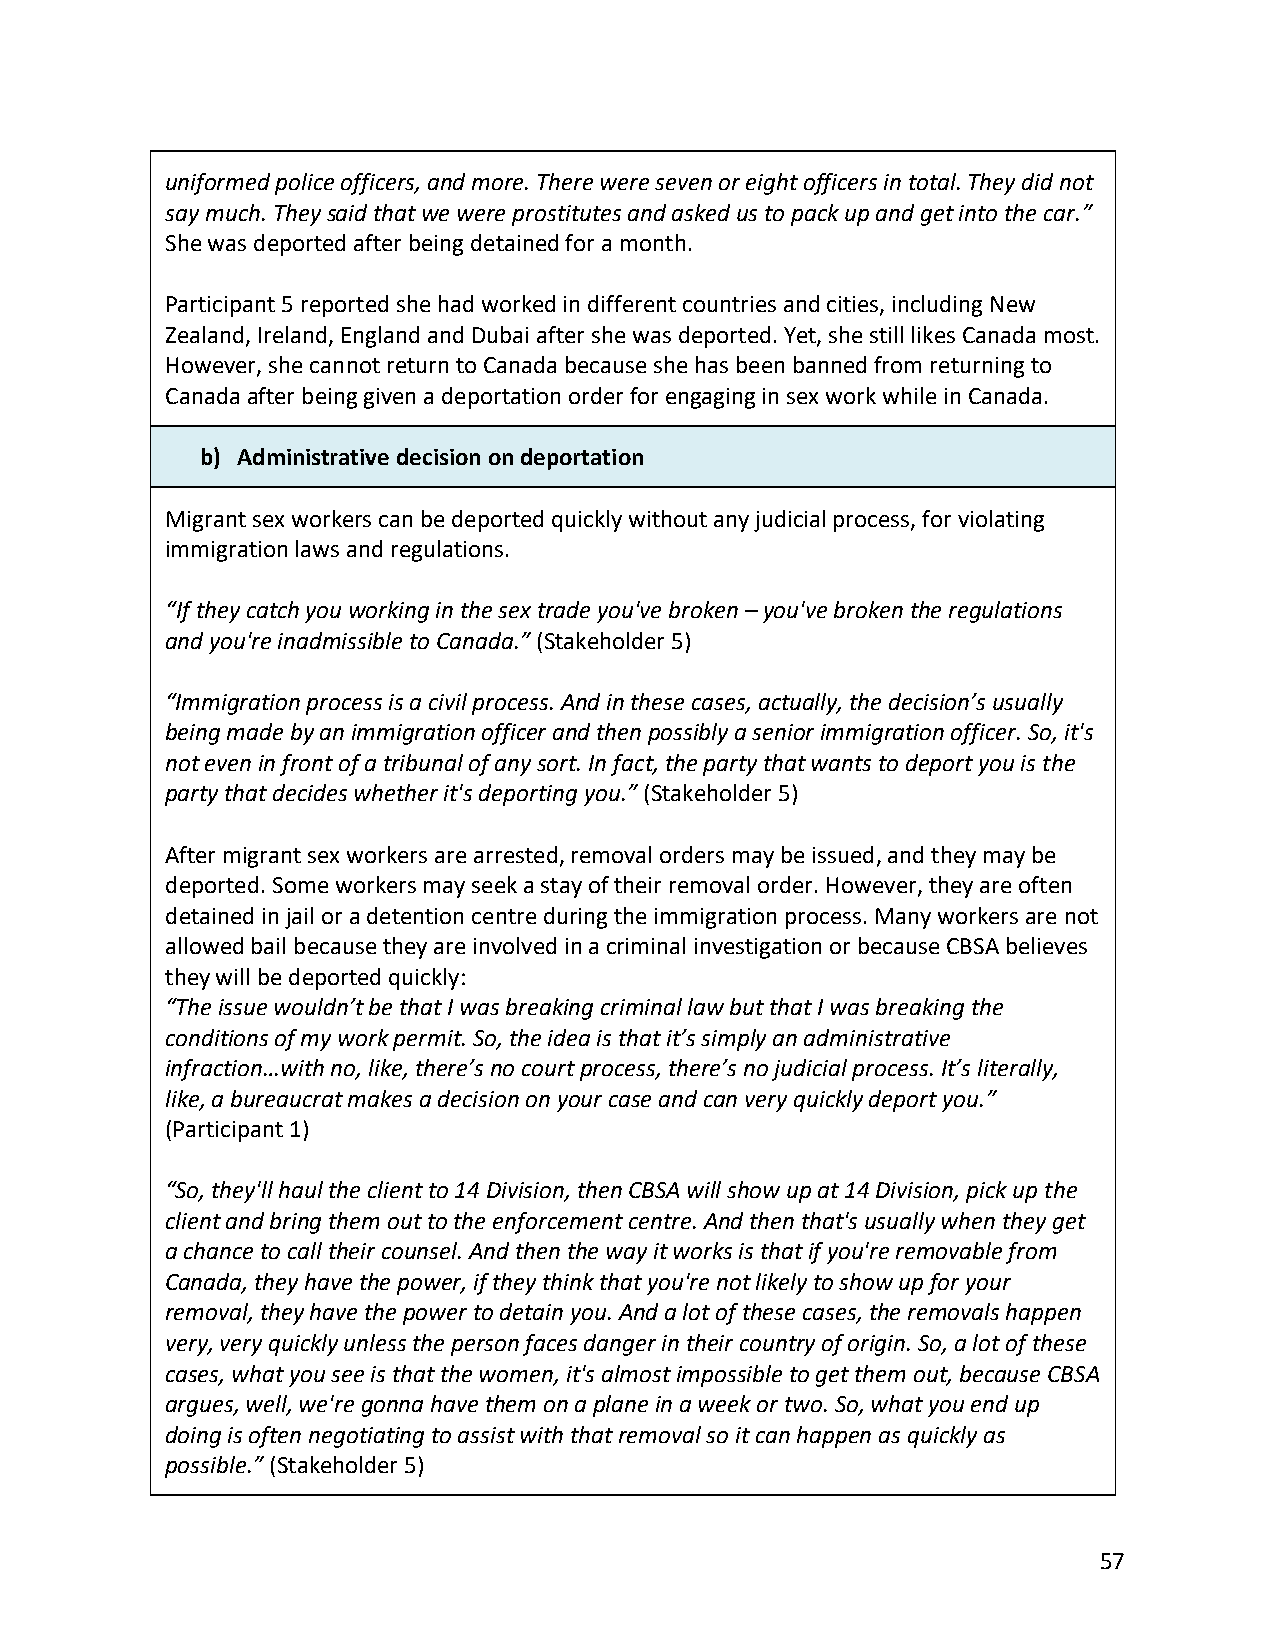
uniformed police officers, and more. There were seven or eight officers in total. They did not
 say much. They said that we were prostitutes and asked us to pack up and get into the car.”
 She was deported after being detained for a month.
 Participant 5 reported she had worked in different countries and cities, including New
 Zealand, Ireland, England and Dubai after she was deported. Yet, she still likes Canada most.
 However, she cannot return to Canada because she has been banned from returning to
 Canada after being given a deportation order for engaging in sex work while in Canada.
 b) Administrative decision on deportation
 Migrant sex workers can be deported quickly without any judicial process, for violating
 immigration laws and regulations.
 “If they catch you working in the sex trade you've broken – you've broken the regulations
 and you're inadmissible to Canada.” (Stakeholder 5)
 “Immigration process is a civil process. And in these cases, actually, the decision’s usually
 being made by an immigration officer and then possibly a senior immigration officer. So, it's
 not even in front of a tribunal of any sort. In fact, the party that wants to deport you is the
 party that decides whether it's deporting you.” (Stakeholder 5)
 After migrant sex workers are arrested, removal orders may be issued, and they may be
 deported. Some workers may seek a stay of their removal order. However, they are often
 detained in jail or a detention centre during the immigration process. Many workers are not
 allowed bail because they are involved in a criminal investigation or because CBSA believes
 they will be deported quickly:
 “The issue wouldn’t be that I was breaking criminal law but that I was breaking the
 conditions of my work permit. So, the idea is that it’s simply an administrative
 infraction…with no, like, there’s no court process, there’s no judicial process. It’s literally,
 like, a bureaucrat makes a decision on your case and can very quickly deport you.”
 (Participant 1)
 “So, they'll haul the client to 14 Division, then CBSA will show up at 14 Division, pick up the
 client and bring them out to the enforcement centre. And then that's usually when they get
 a chance to call their counsel. And then the way it works is that if you're removable from
 Canada, they have the power, if they think that you're not likely to show up for your
 removal, they have the power to detain you. And a lot of these cases, the removals happen
 very, very quickly unless the person faces danger in their country of origin. So, a lot of these
 cases, what you see is that the women, it's almost impossible to get them out, because CBSA
 argues, well, we're gonna have them on a plane in a week or two. So, what you end up
 doing is often negotiating to assist with that removal so it can happen as quickly as
 possible.” (Stakeholder 5)
 57